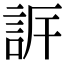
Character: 𧦡